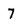
Character: 7